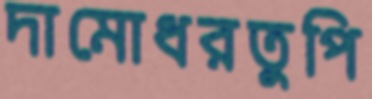
দামোধরতুপি